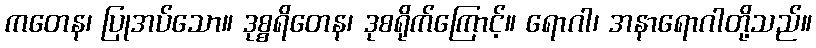
ကတေန၊ ပြုအပ်သော။ ဒုစ္စရိတေန၊ ဒုစရိုက်ကြောင့်။ ရောဂါ၊ အနာရောဂါတို့သည်။